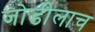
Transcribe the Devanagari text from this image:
जोडीलाच